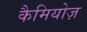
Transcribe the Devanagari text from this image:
कैमियोज़